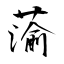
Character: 蕍